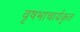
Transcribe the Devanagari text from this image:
वृषभाचार्यकृत